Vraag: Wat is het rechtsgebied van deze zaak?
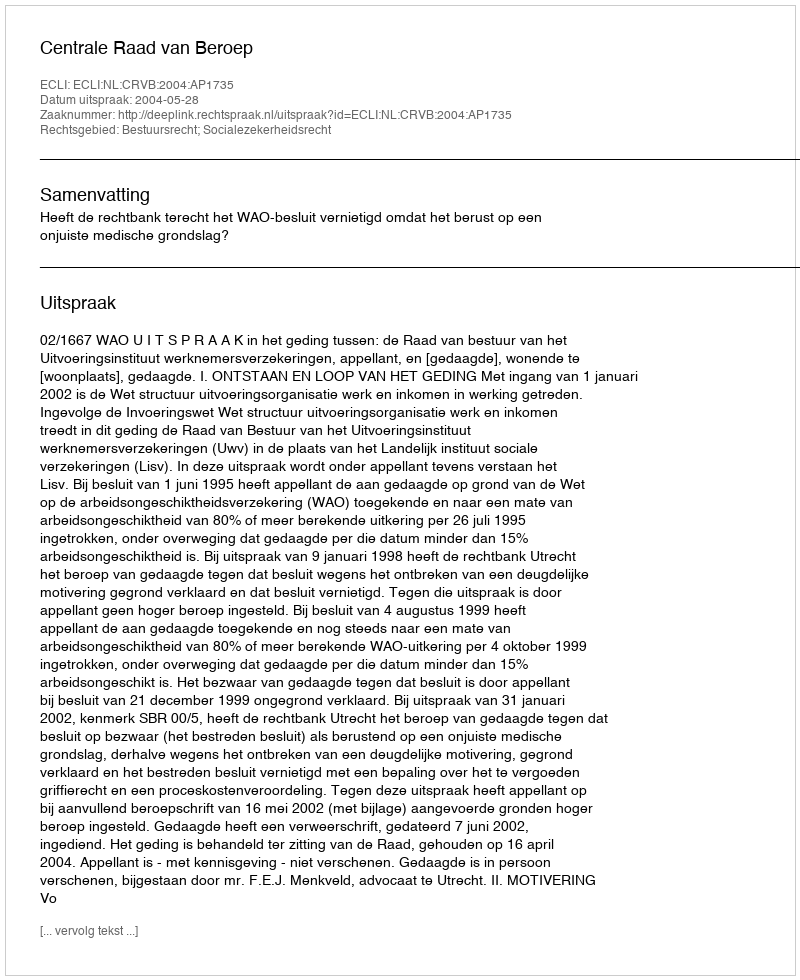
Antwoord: Bestuursrecht; Socialezekerheidsrecht